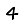
Digit: 4